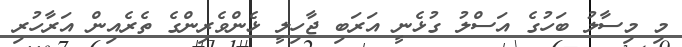
މި މިސާލު ބަހުގެ އަސްލު ގުޅެނީ އަރަބި ޖާހިލީ ޅެންވެރިންގެ ތެރެއިން އަރާހުރި